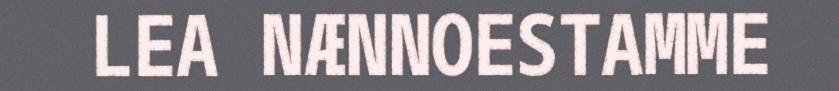
LEA NÆNNOESTAMME